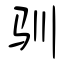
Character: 驯